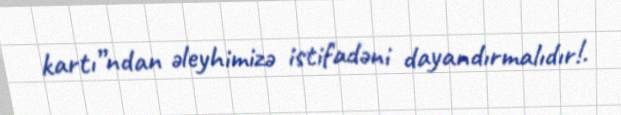
kartı”ndan əleyhimizə istifadəni dayandırmalıdır!.